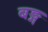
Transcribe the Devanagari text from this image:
बङ्ग